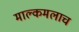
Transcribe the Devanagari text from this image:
माल्कमलाच